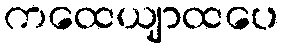
ကထေယျာထပေ